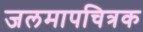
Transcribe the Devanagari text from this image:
जलमापचित्रक